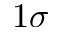
1 \sigma